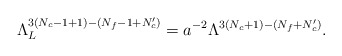
\begin{align*} \Lambda_L^{3(N_c-1+1)-(N_f-1+N_c')}=a^{-2}\Lambda^{3(N_c+1)-(N_f+N_c')}.\end{align*}